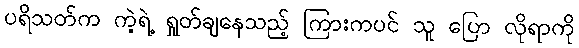
ပရိသတ်က ကဲ့ရဲ့ ရှုတ်ချနေသည့် ကြားကပင် သူ ပြော လိုရာကို